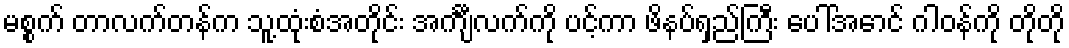
မစ္စက် တာလက်တန်က သူ့ထုံးစံအတိုင်း အင်္ကျီလက်ကို ပင့်ကာ ဖိနပ်ရှည်ကြီး ပေါ်အောင် ဂါဝန်ကို တိုတို